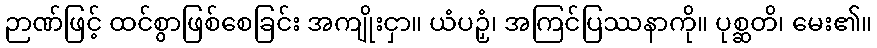
ဉာဏ်ဖြင့် ထင်စွာဖြစ်စေခြင်း အကျိုးငှာ။ ယံပဉှံ၊ အကြင်ပြဿနာကို။ ပုစ္ဆတိ၊ မေး၏။